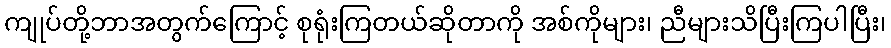
ကျုပ်တို့ဘာအတွက်ကြောင့် စုရုံးကြတယ်ဆိုတာကို အစ်ကိုများ၊ ညီများသိပြီးကြပါပြီး၊